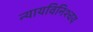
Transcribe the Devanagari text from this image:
न्यायविनिश्चय